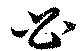
必